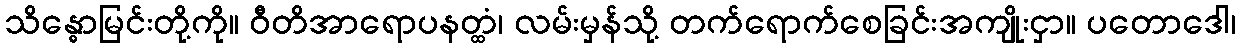
သိန္ဓောမြင်းတို့ကို။ ဝီတိအာရောပနတ္ထံ၊ လမ်းမှန်သို့ တက်ရောက်စေခြင်းအကျိုးငှာ။ ပတောဒေါ၊